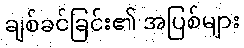
ချစ်ခင်ခြင်း၏ အပြစ်များ